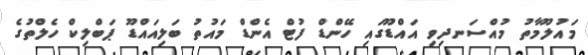
މައުލޫމާތު މުއްސަނދިވި އައްޑޫގައި ހޭންޑް ފުޓް އެންޑް މައުތު ބަލިއައްޑޫ ޕަބްލިކް ހެލްތުގެ